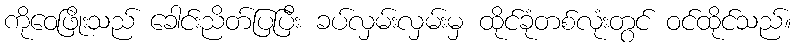
ကိုဝေဖြိုးသည် ခေါင်းညိတ်ပြပြီး ခပ်လှမ်းလှမ်းမှ ထိုင်ခုံတစ်လုံးတွင် ဝင်ထိုင်သည်။